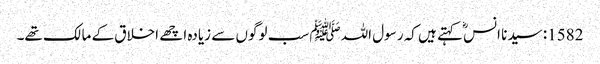
1582: سیدنا انسؓ کہتے ہیں کہ رسول اللہﷺ سب لوگوں سے زیادہ اچھے اخلاق کے مالک تھے۔